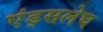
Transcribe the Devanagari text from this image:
एंड्सलेघ